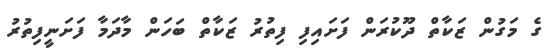
ގެ މަގުން ޒަކާތް ދޫކުރަން ފަށައިފި ފިތުރު ޒަކާތް ބަހަން މާދަމާ ފަށަނީފިތުރު